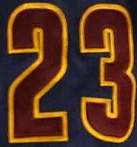
23